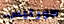
كورتيس